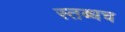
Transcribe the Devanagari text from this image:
स्तब्धच